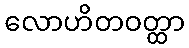
လောဟိတဝတ္ထာ